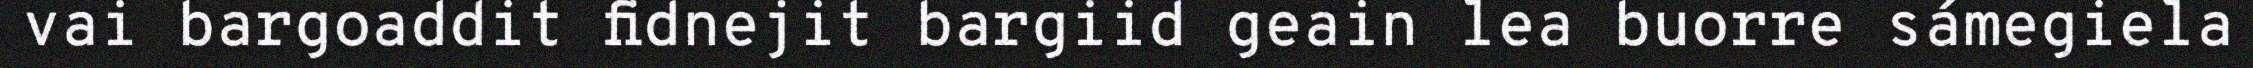
vai bargoaddit fidnejit bargiid geain lea buorre sámegiela